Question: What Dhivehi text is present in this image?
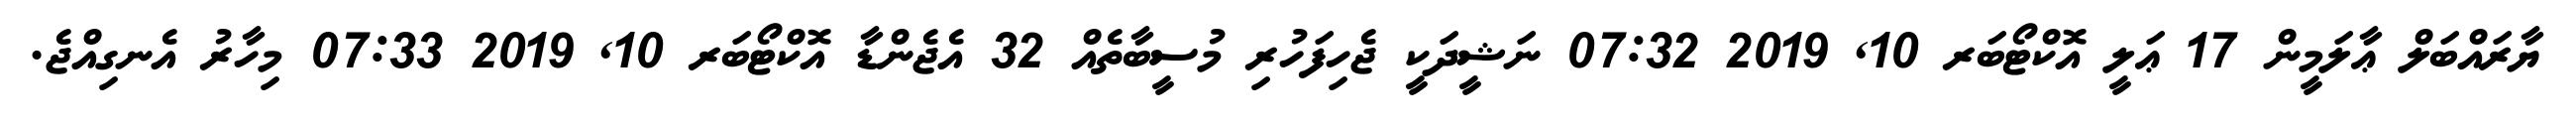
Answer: ޔާރައްބަލް ޢާލަމީން 17 ޢަލީ އޮކްޓޯބަރ 10, 2019 07:32 ނަޝީދަކީ ޖެހިފަހުރި މުސީބާތެއް 32 އެޖެންޑާ އޮކްޓޯބަރ 10, 2019 07:33 މިހާރު އެނގިއްޖެ.